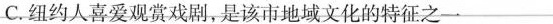
C.纽约人喜爱观赏戏剧，是该市地域文化的特征之一